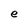
Character: e